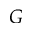
G